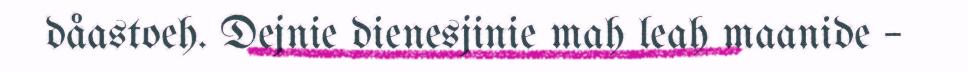
dåastoeh. Dejnie dienesjinie mah leah maanide –